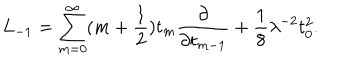
LaTeX: L _ { - 1 } = \sum _ { m = 0 } ^ { \infty } ( m + \frac { 1 } { 2 } ) t _ { m } \frac { \partial } { \partial t _ { m - 1 } } + \frac { 1 } { 8 } \lambda ^ { - 2 } t _ { 0 } ^ { 2 } .